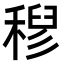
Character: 𮃗